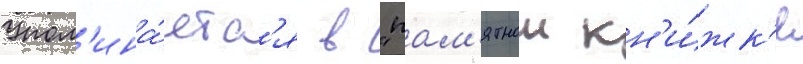
Упом'ина́етс'я в "пам'ятнои кн'и́жк'е